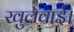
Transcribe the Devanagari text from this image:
खुलवाई।